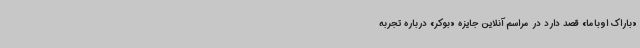
«باراک اوباما» قصد دارد در مراسم آنلاین جایزه «بوکر» درباره تجربه